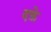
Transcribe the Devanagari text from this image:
दफ़े